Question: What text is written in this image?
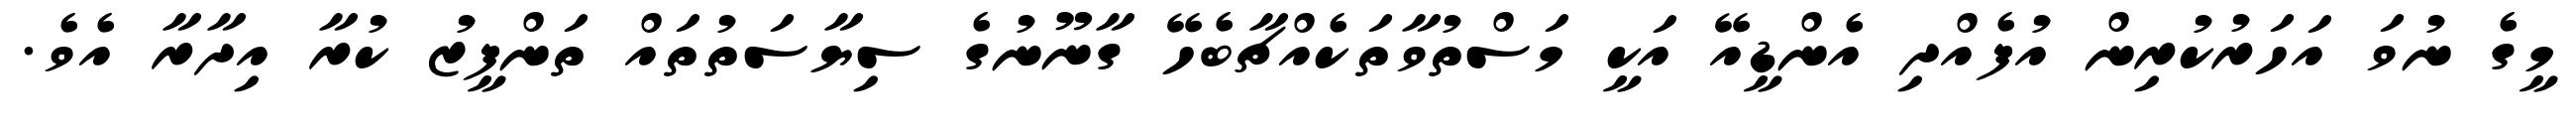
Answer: މީގެ ނުވަ އަހަރުކުރިން އުފެއްދި އެންޑީއޭ އަކީ މަސްތުވާތަކެއްޗާބެހޭ ގާނޫނުގެ ސިޔާސަތުތައް ތަންފީޒު ކުރާ އިދާރާ އެވެ.